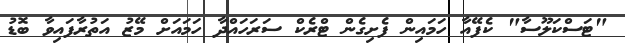
"ޓަސްކަލޫސާ" ކެފޭއާ ހަމައިން ފެށިގެން ޓްރެކް ސަރަހައްދާ ހަމައަށް މޭޒު އަތުރާފައިވާ ބޮޑު